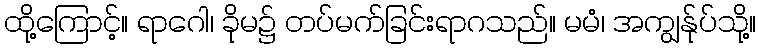
ထို့ကြောင့်။ ရာဂေါ၊ ခိုမ၌ တပ်မက်ခြင်းရာဂသည်။ မမံ၊ အကျွန်ုပ်သို့။